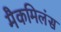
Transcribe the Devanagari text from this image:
मैकमिलंस